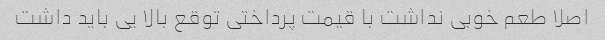
اصلا طعم خوبی نداشت با قیمت پرداختی توقع بالا یی باید داشت